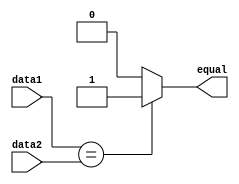
module cmp(
    input wire [31:0] data1,
    input wire [31:0] data2,
    output wire equal
);
    reg r_equal;
    
    always @(*) begin
        if(data1==data2) r_equal = 1;
        else r_equal = 0;
    end

    assign equal = r_equal;

endmodule